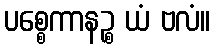
ပစ္စေကာနဉ္စ ယံ ဗလံ။